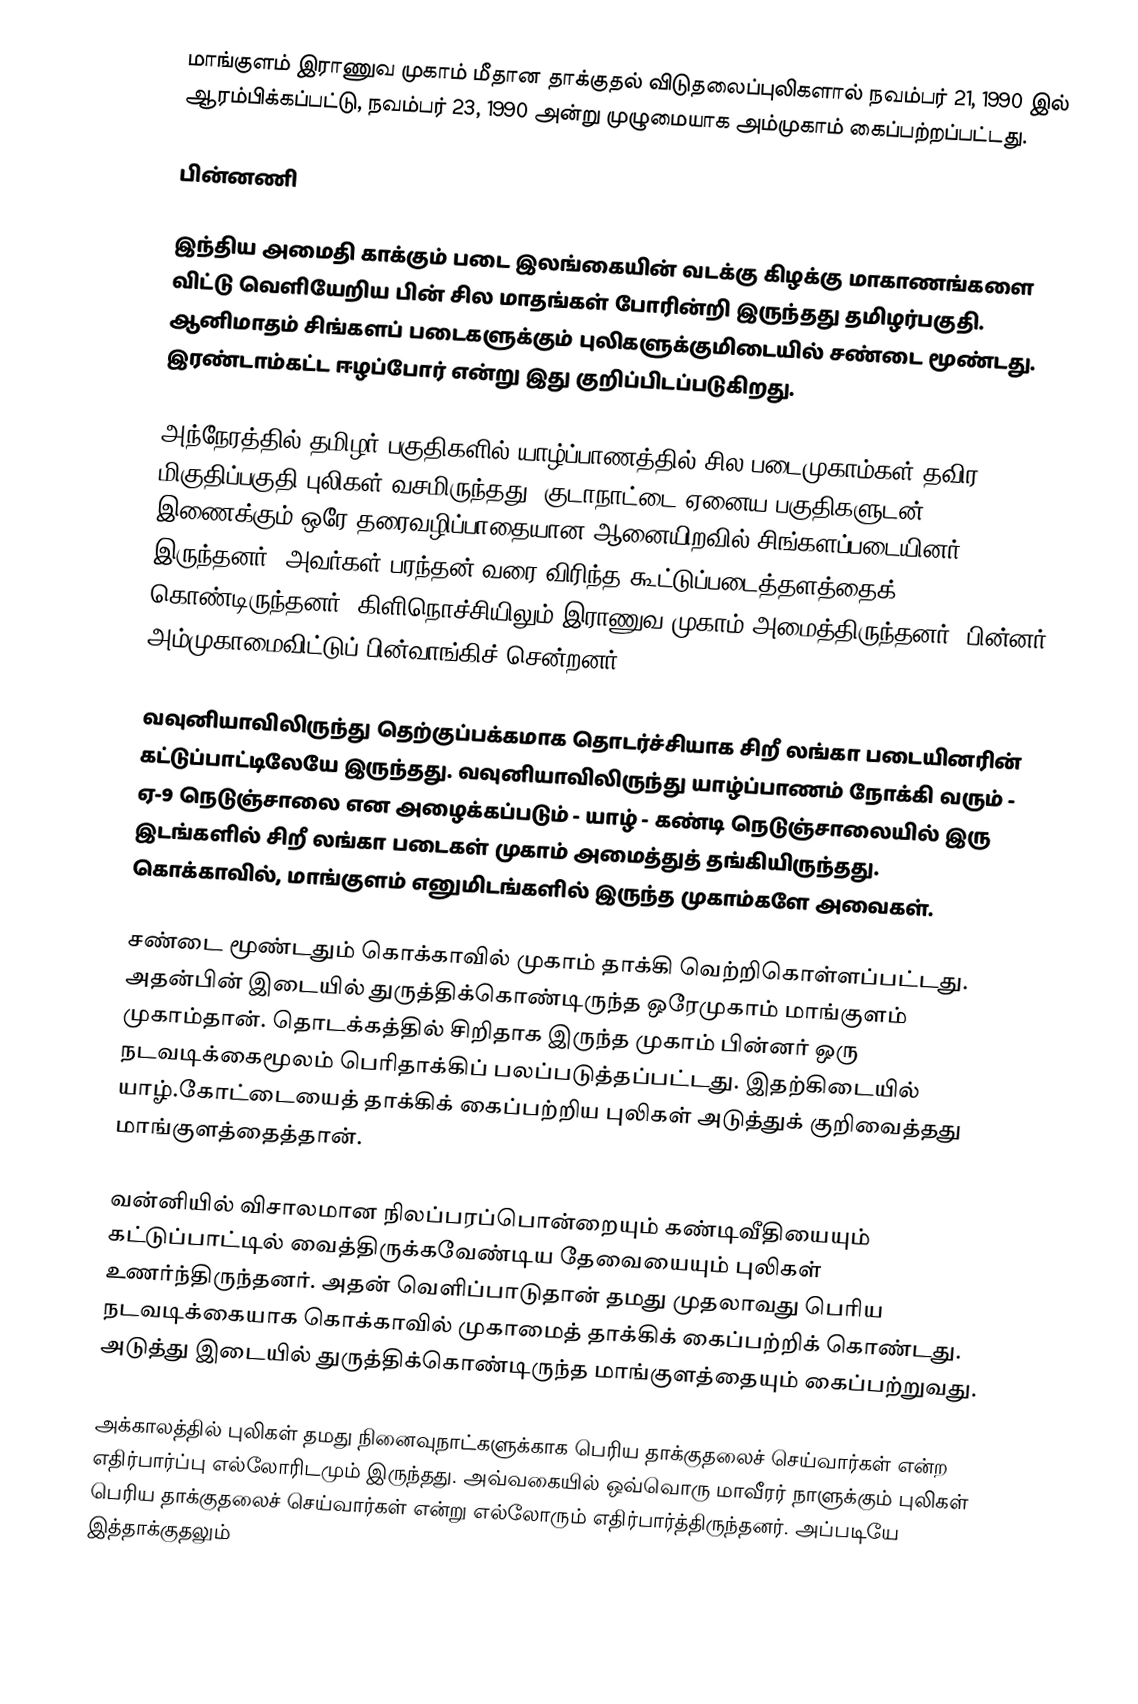
மாங்குளம் இராணுவ முகாம் மீதான தாக்குதல் விடுதலைப்புலிகளால் நவம்பர் 21, 1990 இல் ஆரம்பிக்கப்பட்டு, நவம்பர் 23, 1990 அன்று முழுமையாக அம்முகாம் கைப்பற்றப்பட்டது.

பின்னணி

இந்திய அமைதி காக்கும் படை இலங்கையின் வடக்கு கிழக்கு மாகாணங்களை விட்டு வெளியேறிய பின் சில மாதங்கள் போரின்றி இருந்தது தமிழர்பகுதி. ஆனிமாதம் சிங்களப் படைகளுக்கும் புலிகளுக்குமிடையில் சண்டை மூண்டது. இரண்டாம்கட்ட ஈழப்போர் என்று  இது குறிப்பிடப்படுகிறது.

அந்நேரத்தில் தமிழர் பகுதிகளில் யாழ்ப்பாணத்தில் சில படைமுகாம்கள் தவிர மிகுதிப்பகுதி புலிகள் வசமிருந்தது. குடாநாட்டை ஏனைய பகுதிகளுடன் இணைக்கும் ஒரே தரைவழிப்பாதையான ஆனையிறவில் சிங்களப்படையினர் இருந்தனர். அவர்கள் பரந்தன் வரை விரிந்த கூட்டுப்படைத்தளத்தைக் கொண்டிருந்தனர். கிளிநொச்சியிலும் இராணுவ முகாம் அமைத்திருந்தனர். பின்னர் அம்முகாமைவிட்டுப் பின்வாங்கிச் சென்றனர்.

வவுனியாவிலிருந்து தெற்குப்பக்கமாக தொடர்ச்சியாக சிறீ லங்கா படையினரின் கட்டுப்பாட்டிலேயே இருந்தது. வவுனியாவிலிருந்து யாழ்ப்பாணம் நோக்கி வரும் -  ஏ-9 நெடுஞ்சாலை என அழைக்கப்படும் - யாழ் - கண்டி நெடுஞ்சாலையில் இரு இடங்களில் சிறீ லங்கா படைகள் முகாம் அமைத்துத் தங்கியிருந்தது. கொக்காவில், மாங்குளம் எனுமிடங்களில் இருந்த முகாம்களே அவைகள்.

சண்டை மூண்டதும் கொக்காவில் முகாம் தாக்கி வெற்றிகொள்ளப்பட்டது. அதன்பின் இடையில் துருத்திக்கொண்டிருந்த ஒரேமுகாம் மாங்குளம் முகாம்தான். தொடக்கத்தில் சிறிதாக இருந்த முகாம் பின்னர் ஒரு நடவடிக்கைமூலம் பெரிதாக்கிப் பலப்படுத்தப்பட்டது. இதற்கிடையில் யாழ்.கோட்டையைத் தாக்கிக் கைப்பற்றிய புலிகள் அடுத்துக் குறிவைத்தது மாங்குளத்தைத்தான்.

வன்னியில் விசாலமான நிலப்பரப்பொன்றையும் கண்டிவீதியையும் கட்டுப்பாட்டில் வைத்திருக்கவேண்டிய தேவையையும் புலிகள்  உணர்ந்திருந்தனர். அதன் வெளிப்பாடுதான் தமது முதலாவது பெரிய நடவடிக்கையாக கொக்காவில் முகாமைத் தாக்கிக் கைப்பற்றிக் கொண்டது. அடுத்து இடையில் துருத்திக்கொண்டிருந்த மாங்குளத்தையும் கைப்பற்றுவது.

அக்காலத்தில் புலிகள் தமது நினைவுநாட்களுக்காக பெரிய தாக்குதலைச் செய்வார்கள் என்ற எதிர்பார்ப்பு எல்லோரிடமும் இருந்தது. அவ்வகையில் ஒவ்வொரு மாவீரர் நாளுக்கும் புலிகள் பெரிய தாக்குதலைச் செய்வார்கள் என்று எல்லோரும் எதிர்பார்த்திருந்தனர். அப்படியே இத்தாக்குதலும்